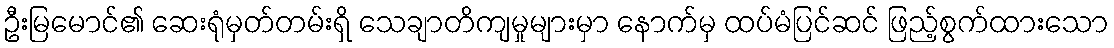
ဦးမြမောင်၏ ဆေးရုံမှတ်တမ်းရှိ သေချာတိကျမှုများမှာ နောက်မှ ထပ်မံပြင်ဆင် ဖြည့်စွက်ထားသော